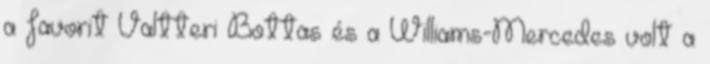
a favorit Valtteri Bottas és a Williams-Mercedes volt a